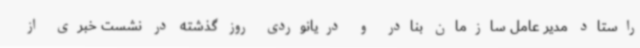
راستاد مدیر عامل سازمان بنادر و دریانوردی روز گذشته در نشست خبری از